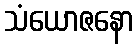
သံယောဇနော